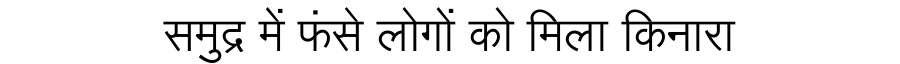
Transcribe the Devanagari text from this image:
समुद्र में फंसे लोगों को मिला किनारा